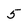
Character: 5